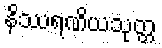
နိဿရဏိယသုတ္တ